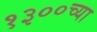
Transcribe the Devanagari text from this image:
१३००च्या